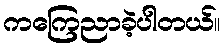
ကကြေညာခဲ့ပါတယ်။